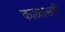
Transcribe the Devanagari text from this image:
काळासही